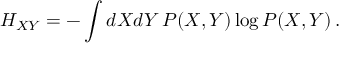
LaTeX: H _ { X Y } = - \int d X d Y \, P ( X , Y ) \log P ( X , Y ) \, .